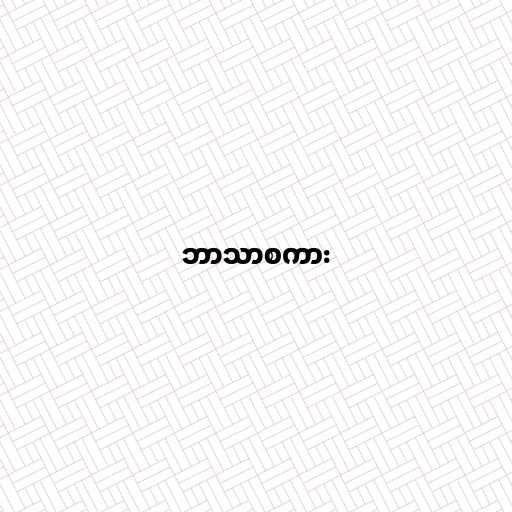
ဘာသာစကား